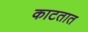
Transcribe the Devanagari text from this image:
काटतात